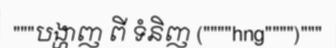
"""បង្ហាញ ពី ទំនិញ (""""hng"""")"""